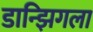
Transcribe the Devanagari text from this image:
डान्झिगला